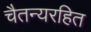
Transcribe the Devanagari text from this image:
चैतन्यरहित